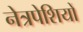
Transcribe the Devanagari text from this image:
नेत्रपेशियों